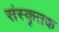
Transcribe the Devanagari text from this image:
संस्कृतक